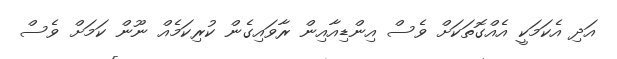
އަދި އެކަމަކީ އެއްގޮތަކަށް ވެސް އިންޑިއާއިން ރާވައިގެން ކުރިކަމެއް ނޫން ކަމަށް ވެސް